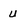
Character: u